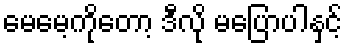
မေမေ့ကိုတော့ ဒီလို မပြောပါနှင့်